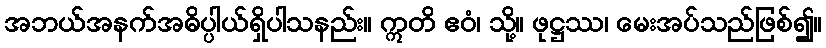
အဘယ်အနက်အဓိပ္ပါယ်ရှိပါသနည်း။ ဣတိ ဧဝံ၊ သို့။ ဖုဋ္ဌဿ၊ မေးအပ်သည်ဖြစ်၍။